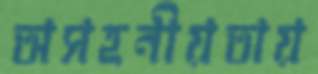
অসহনীয়তায়